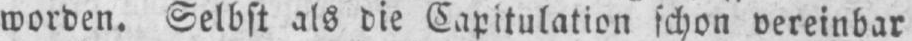
worden. Selbst als die Capitulation schon vereinbar